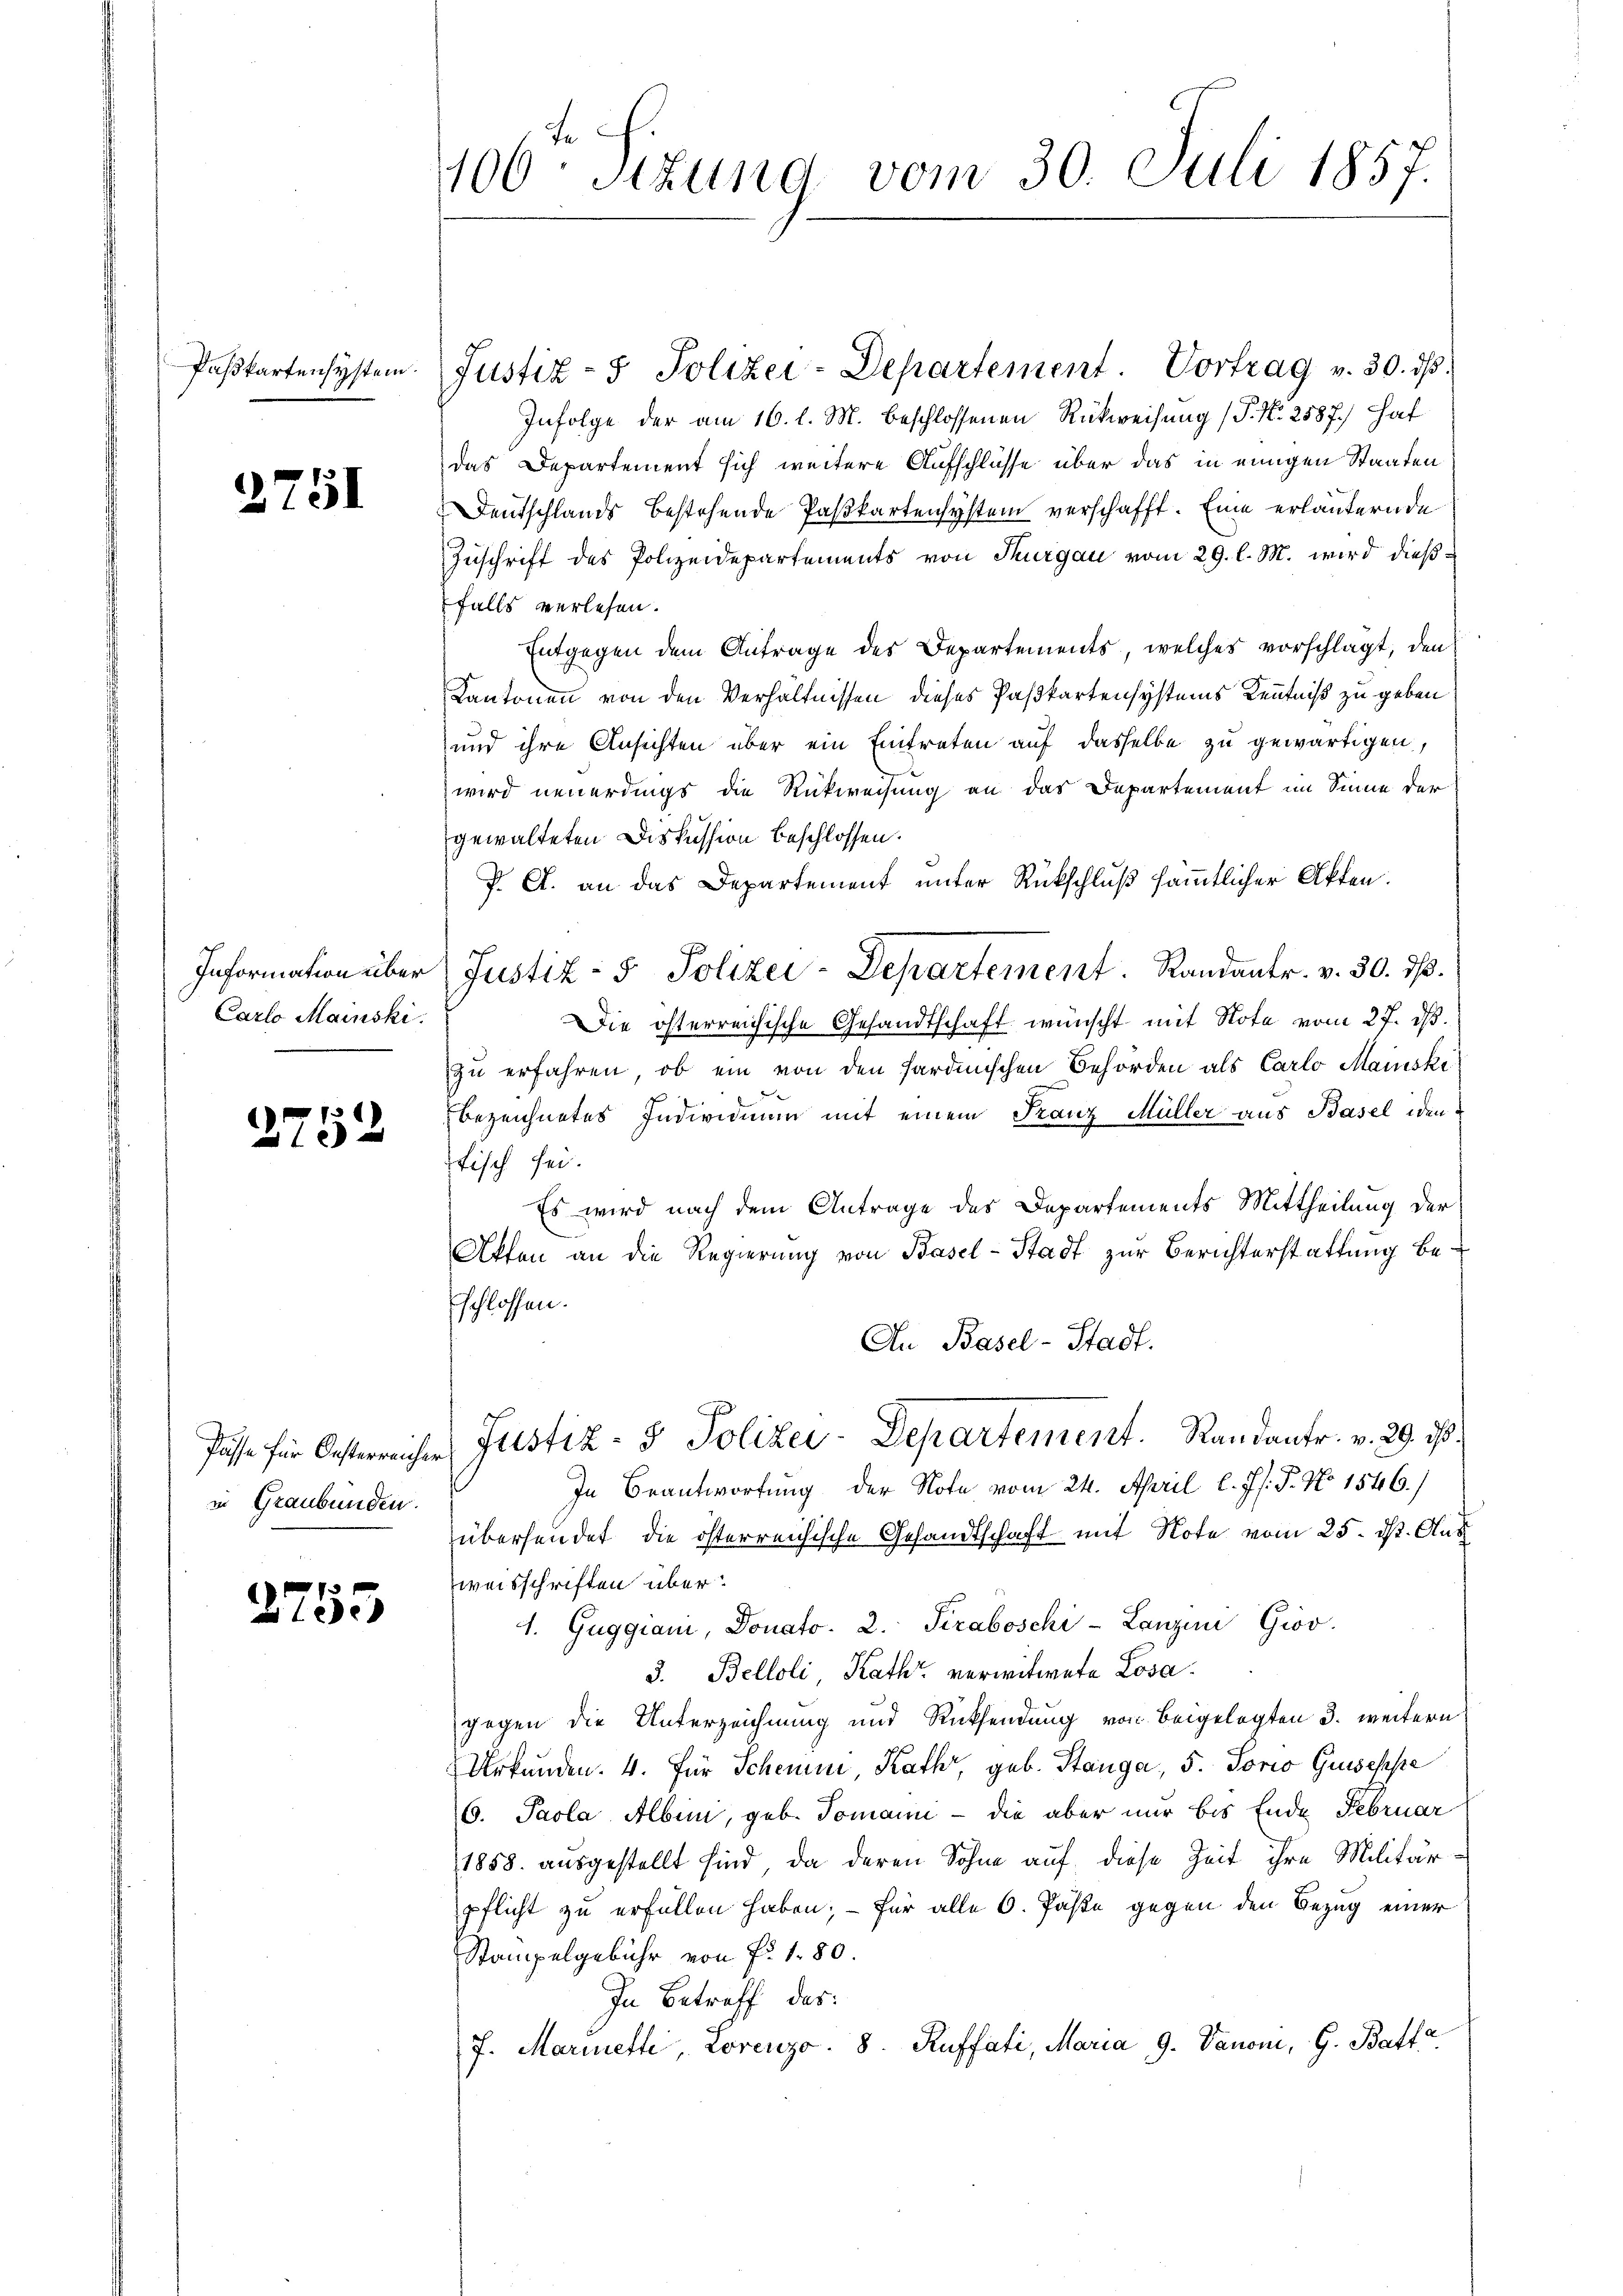
Paßkartensystem.

2751

Information über
Carlo Mainski.

2752

Pässe für Oesterreicher
in Graubünden.

¬
 Lede

106: Sizung vom 30. Juli 1857.

Justiz- & Polizei-Departement Vortrag v. 30. dβ.
Infolge der am 16. l. M. beschlossenen Rückweisung (P. Nr. 2587.) Haf
das Departement sich weitere Aufschlüsse über das in einigen Staaten
Deutschlands bestehende Paßkartensystem verschafft. Eine erläuternde
Zuschrift des Polizeidepartements von Thurgau vom 29. l. M. wird dießfalls verlesen.
Entgegen dem Antrage des Departements, welches vorschlagt, den
Kantonen von den Verhältnissen dieses Paßkartensystems Kenntniß zu geben
und ihre Ansichten über ein Eintreten auf dasselbe zu gewärtigen,
wird neuerdings die Rückweisung an das Departement im Sinne der
gewalteten Diskussion beschlossen.
P. A. an das Departement unter Rückschluß sämmtlicher Akten.
Justiz- & Polizei-Departement. Randantr. v. 30. ds.
Die österreichische Gesandtschaft wünscht mit Note vom 27. d.
zu erfahren, ob ein von den sardinischen Behörden als Carlo Mariski
bezeichnetes Individium mit einem Franz Müller aus Basel iden
fisch sei.
Es wird nach dem Antrage des Departements Mittheilung der
Akten an die Regierung von Basel-Stadt zur Berichterstattung besschlossen.
An Basel-Stadt.
Justiz- & Polizei-Departement.   Randants. v. 29. 10.
In Beantwortung der Note vom 24. April l. Js. P. No 1546./
übersendet, die österreichische Gesandtschaft mit Note vom 25. d. Aus
weisschriften über¬
4. Guggiani, Donato. 2. Siraboschi- Lanzen Giov
3. Belloli, Kath verwitwete Losagegen die Unterzeichnung und Rücksendung von beigelegten 3. weitern
Urkunden. 4. Für Schein Rath, geb. Stanga, 5. Torio Guseppe
6. Paola Albin, geb. Tomann - die aber nur bis Ende Februar
1858. ausgestellt sind, da deren Sohne auf diese Zeit ihre Militär-
pflicht zu erfüllen haben; — für alle 6. Päße gegen den Bezug einer
Stampelgebühr von fr. 180.
In Betreff des:
7. Mariette Lorenzo. 8. Auffati, Maria 9. Vanom, G. Batte,